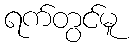
ရက်တွင်မူ